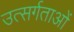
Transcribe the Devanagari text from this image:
उत्सर्गताओं